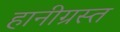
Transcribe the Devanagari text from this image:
हानीग्रस्त